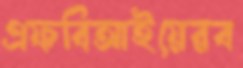
এফবিআইয়েরব